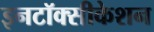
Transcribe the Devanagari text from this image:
इनटॉक्सीकेशन